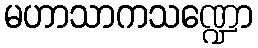
မဟာသာကသဏ္ဍော